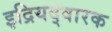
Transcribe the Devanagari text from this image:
इद्रियद्वारक